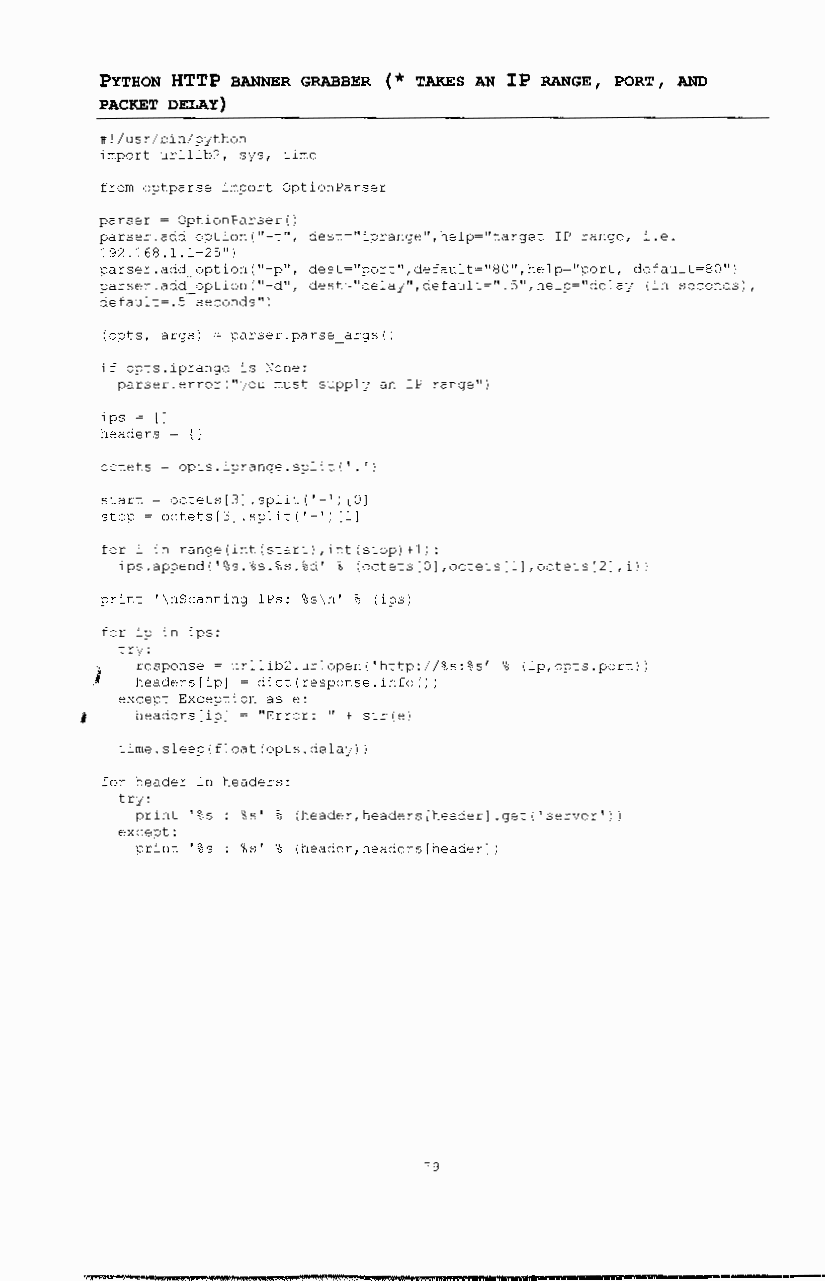
PYTHON HTTP BANNER GRABBER (* TAKES AN IP RANGE, PORT, AND
 PACKET DELAY)
 #!/usr/bin/python
 import urllib2, sys, time
 from optparse import OptionParser
 parser= OptionParser()
 parser.add option{''-t'', dest=''iprange'',help=''target IP range, i.e.
 192.168.1.1-25")
 parser.add option(''-p'', dest=''port'',default=''80'',help=''port, default=BO'')
 parser.add=option("-d", dest="delay",default=".5",help="delay (in seconds),
 default=.5 seconds")
 (opts, args) = parser.parse_args()
 if opts.iprange is None:
 parser.error("you must supply an IP range")
 ips = []
 headers={}
 octets= opts.iprange.split(' .')
 start= octets[3] .split('-') [0]
 stop = octets [ 3] . split ( '-' ) [ 1]
 fori in range(int(start),int(stop)+1):
 ips.append('%s.%s.%s.%d' % (octets[O],octets[1] ,octets[2],i))
 print '\nScanning IPs: %s\n' % (ips)
 for ip in ips:
 try:
 J  response= urllib2.urlopen('http://%s:%s' % (ip,opts.port))
 headers[ip] = dict(response.info())
 except Exception as e:
 '   headers[ip] = "Error: " + str(e)
 time.sleep(float(opts.delay))
 for header in headers:
 try:
 print '%s : %s' % (header,headers[header] .get('server'))
 except:
 print '%s : %s' % (header,headers[header])
 "9